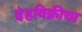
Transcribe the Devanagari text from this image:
देहविक्रीचा